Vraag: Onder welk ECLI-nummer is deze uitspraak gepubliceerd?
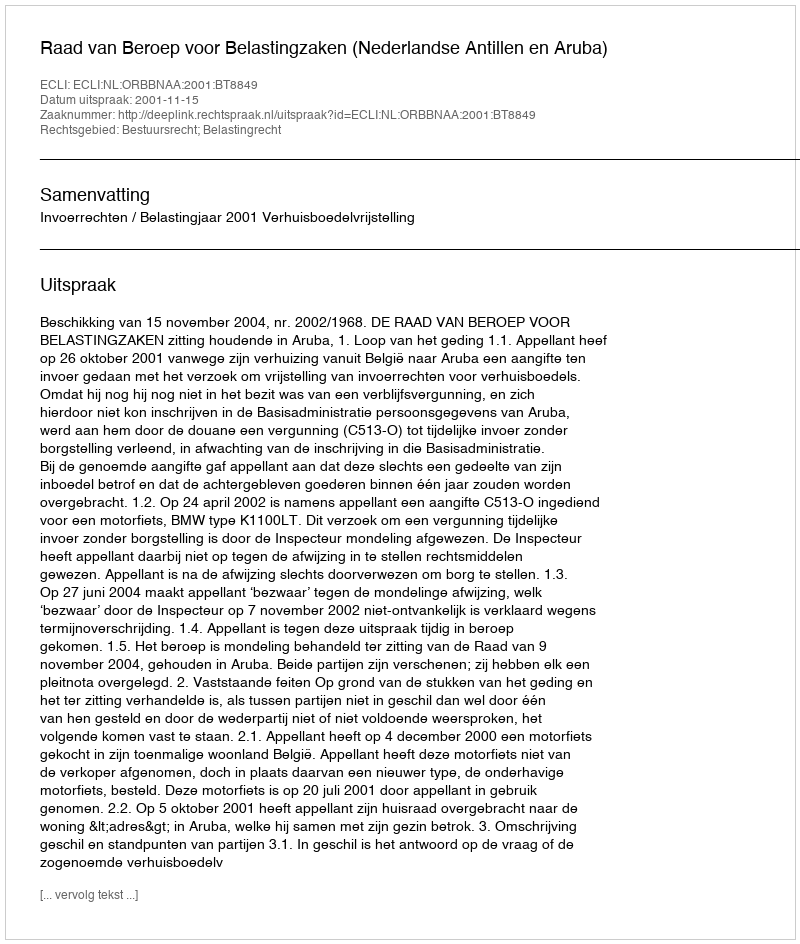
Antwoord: ECLI:NL:ORBBNAA:2001:BT8849